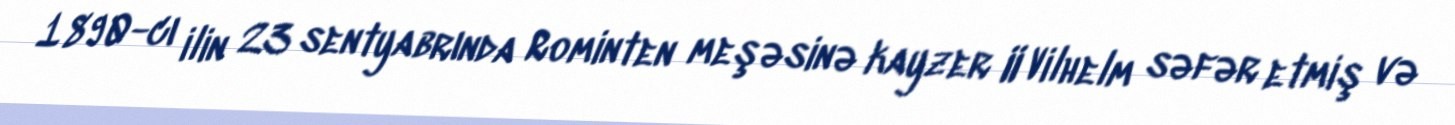
1890-cı ilin 23 sentyabrında Rominten meşəsinə kayzer II Vilhelm səfər etmiş və